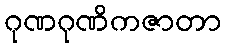
ဂုဏဂုဏိကဇာတာ